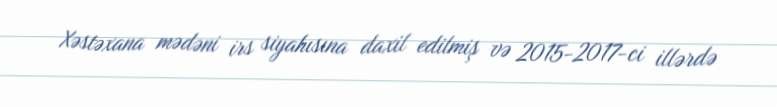
Xəstəxana mədəni irs siyahısına daxil edilmiş və 2015-2017-ci illərdə